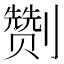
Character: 𭄛